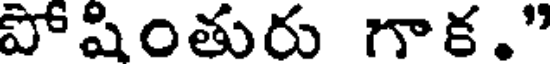
పోషింతురు గాక."